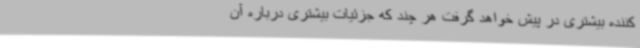
‌کننده بیشتری در پیش خواهد گرفت هر چند که جزئیات بیشتری درباره آن